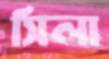
সিলা